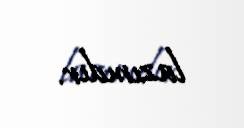
lazımdır.